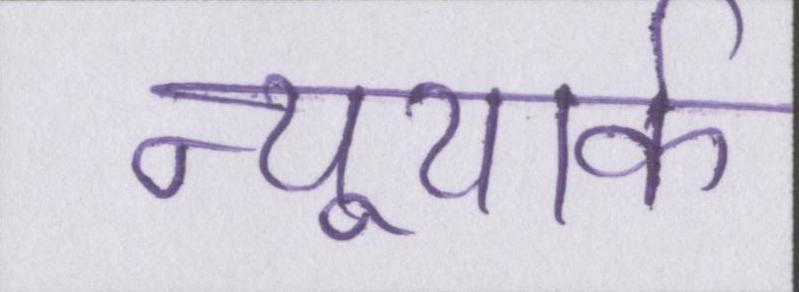
न्यूयार्क